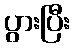
ပွားပြီး